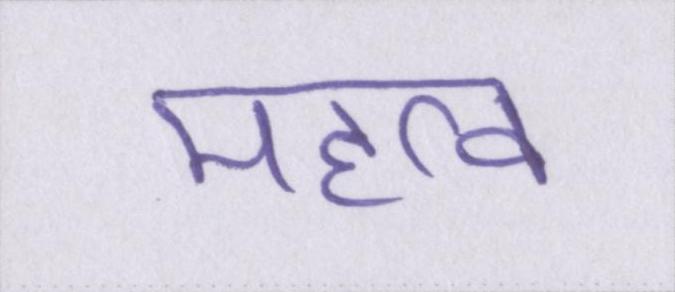
महत्व